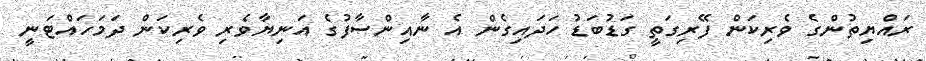
ރައްޔިތުންގެ ވެރިކަން ފޭރިގަތީ ގަޑުބަޑު ހަދައިގެން އެ ނާއިންސާފުގެ އަނިޔާވެރި ވެރިކަން ދަމަހައްޓަނީ